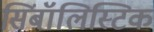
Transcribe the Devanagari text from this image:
सिंबॉलिस्टिक